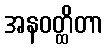
အနဝတ္ထိတာ